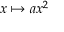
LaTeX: x \mapsto a x ^ { 2 }